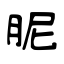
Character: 胒